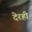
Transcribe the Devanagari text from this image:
देरही